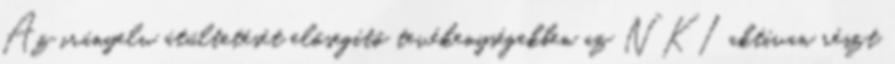
Az irányelv átültetését elősegítő tevékenységekben az NKI aktívan részt